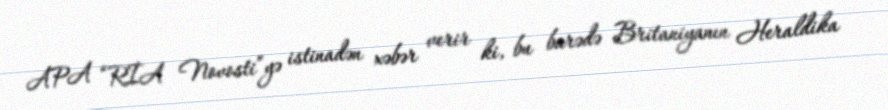
APA “RİA Novosti”yə istinadən xəbər verir ki, bu barədə Britaniyanın Heraldika